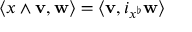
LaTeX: \langle x \wedge \mathbf { v } , \mathbf { w } \rangle = \langle \mathbf { v } , i _ { x ^ { \flat } } \mathbf { w } \rangle